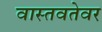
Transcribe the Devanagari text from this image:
वास्तवतेवर